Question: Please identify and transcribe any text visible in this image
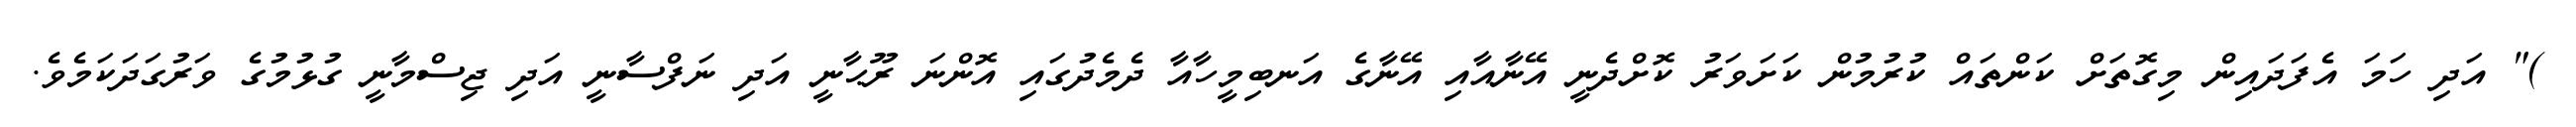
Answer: )" އަދި ހަމަ އެފަދައިން މިގޮތަށް ކަންތައް ކުރުމުން ކަށަވަރު ކޮށްދެނީ އޭނާއާއި އޭނާގެ އަނބިމީހާއާ ދެމެދުގައި އޮންނަ ރޫޙާނީ އަދި ނަފްސާނީ އަދި ޖިސްމާނީ ގުޅުމުގެ ވަރުގަދަކަމެވެ.